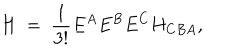
H \ = \ \frac { 1 } { 3 ! } E ^ { A } E ^ { B } E ^ { C } H _ { C B A } ,